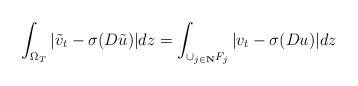
LaTeX: \begin{align*}\int_{\Omega_T}|\tilde v_t-\sigma(D\tilde u)|dz= \int_{\cup_{j\in\mathbf{N}}F_j}|v_t-\sigma(Du)|dz\end{align*}